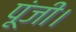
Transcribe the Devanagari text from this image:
पूंजी।